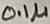
Text: 0.01µ